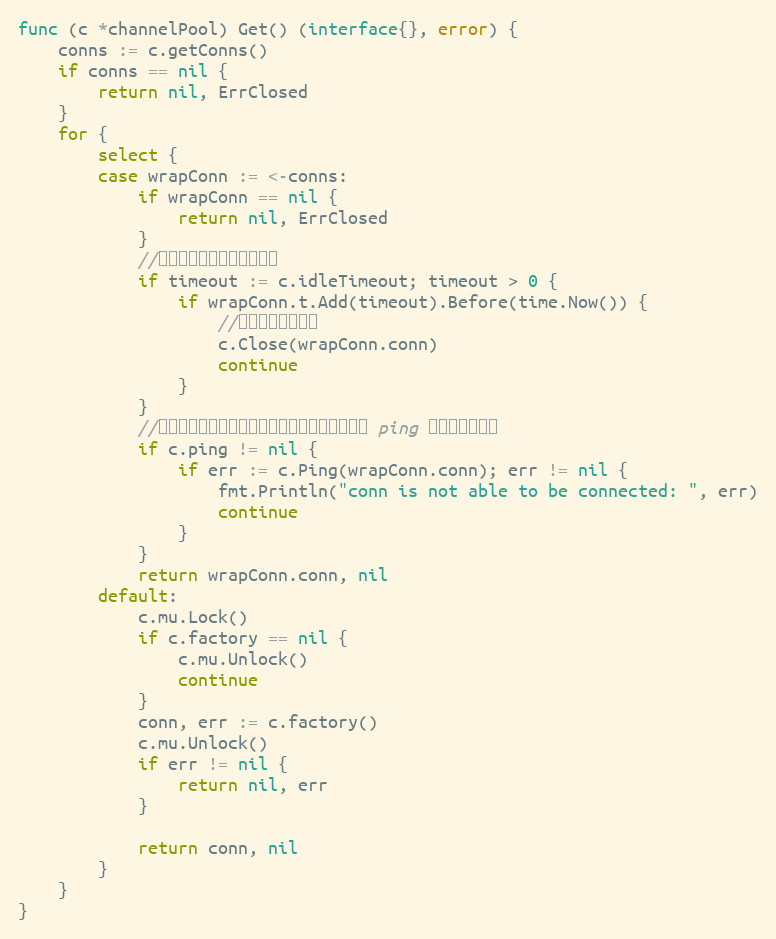
Language: Go
func (c *channelPool) Get() (interface{}, error) {
	conns := c.getConns()
	if conns == nil {
		return nil, ErrClosed
	}
	for {
		select {
		case wrapConn := <-conns:
			if wrapConn == nil {
				return nil, ErrClosed
			}
			//判断是否超时，超时则丢弃
			if timeout := c.idleTimeout; timeout > 0 {
				if wrapConn.t.Add(timeout).Before(time.Now()) {
					//丢弃并关闭该连接
					c.Close(wrapConn.conn)
					continue
				}
			}
			//判断是否失效，失效则丢弃，如果用户没有设定 ping 方法，就不检查
			if c.ping != nil {
				if err := c.Ping(wrapConn.conn); err != nil {
					fmt.Println("conn is not able to be connected: ", err)
					continue
				}
			}
			return wrapConn.conn, nil
		default:
			c.mu.Lock()
			if c.factory == nil {
				c.mu.Unlock()
				continue
			}
			conn, err := c.factory()
			c.mu.Unlock()
			if err != nil {
				return nil, err
			}

			return conn, nil
		}
	}
}